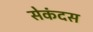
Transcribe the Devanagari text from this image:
सेकंदस